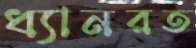
ধ্যানরত